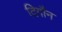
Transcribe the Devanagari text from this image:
दिगौन